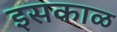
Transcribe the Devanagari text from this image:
इसकाळ